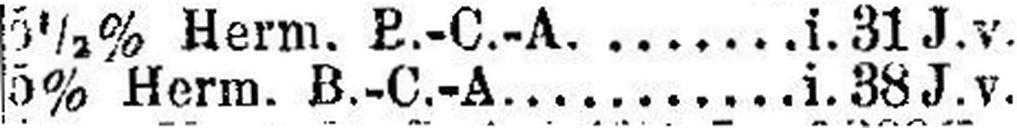
5% Herm. B.-C.-A. .......... i. 38 J. v.